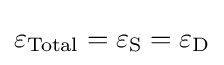
\varepsilon _{\text{Total}}=\varepsilon _{\rm {S}}=\varepsilon _{\rm {D}}